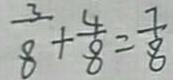
\frac { 3 } { 8 } + \frac { 4 } { 8 } = \frac { 7 } { 8 }